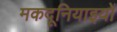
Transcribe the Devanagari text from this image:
मकदूनियाइयों